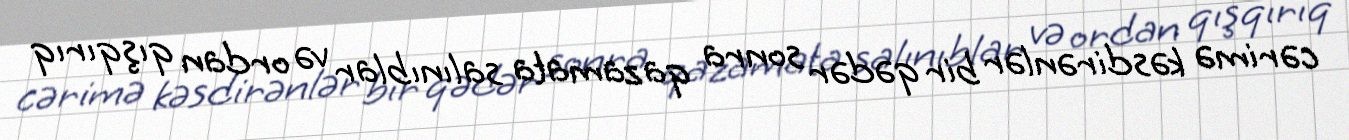
cərimə kəsdirənlər bir qədər sonra qazamata salınıblar və ordan qışqırıq